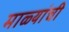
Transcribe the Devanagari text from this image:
माळ्यांची